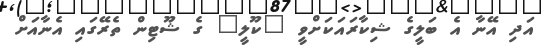
އަދި އޭނާ އެ ބަލީގެ ޝިކާރައަކަށްވީ "ކޫލީ" ގެ ޝޫޓިން ތެރޭގައި އެނާއަށް